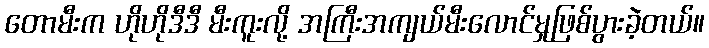
တောမီးက ဟိုဟိုဒီဒီ မီးကူးလို့ အကြီးအကျယ်မီးလောင်မှုဖြစ်ပွားခဲ့တယ်။